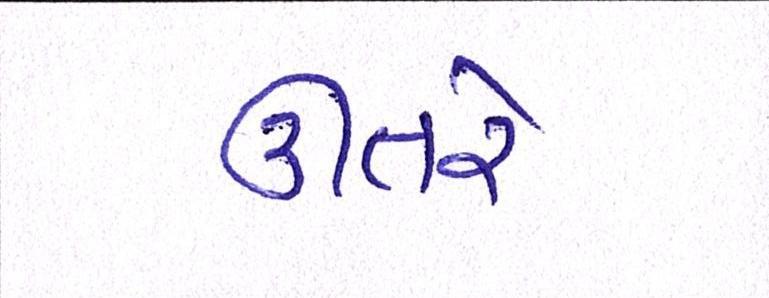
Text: ઊતરે